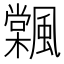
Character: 𩘽